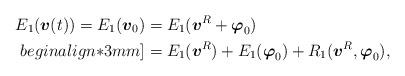
LaTeX: \begin{align*}E_{1}(\mbox{\mathversion{bold}$v$}(t))=E_{1}(\mbox{\mathversion{bold}$v$}_{0})&=E_{1}(\mbox{\mathversion{bold}$v$}^{R}+\mbox{\mathversion{bold}$\varphi$}_{0})\\begin{align*}3mm]&=E_{1}(\mbox{\mathversion{bold}$v$}^{R}) + E_{1}(\mbox{\mathversion{bold}$\varphi$}_{0})+R_{1}(\mbox{\mathversion{bold}$v$}^{R},\mbox{\mathversion{bold}$\varphi$}_{0}),\end{align*}